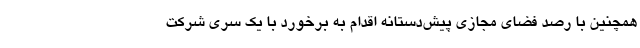
همچنین با رصد فضای مجازی پیش‌دستانه اقدام به برخورد با یک سری شرکت